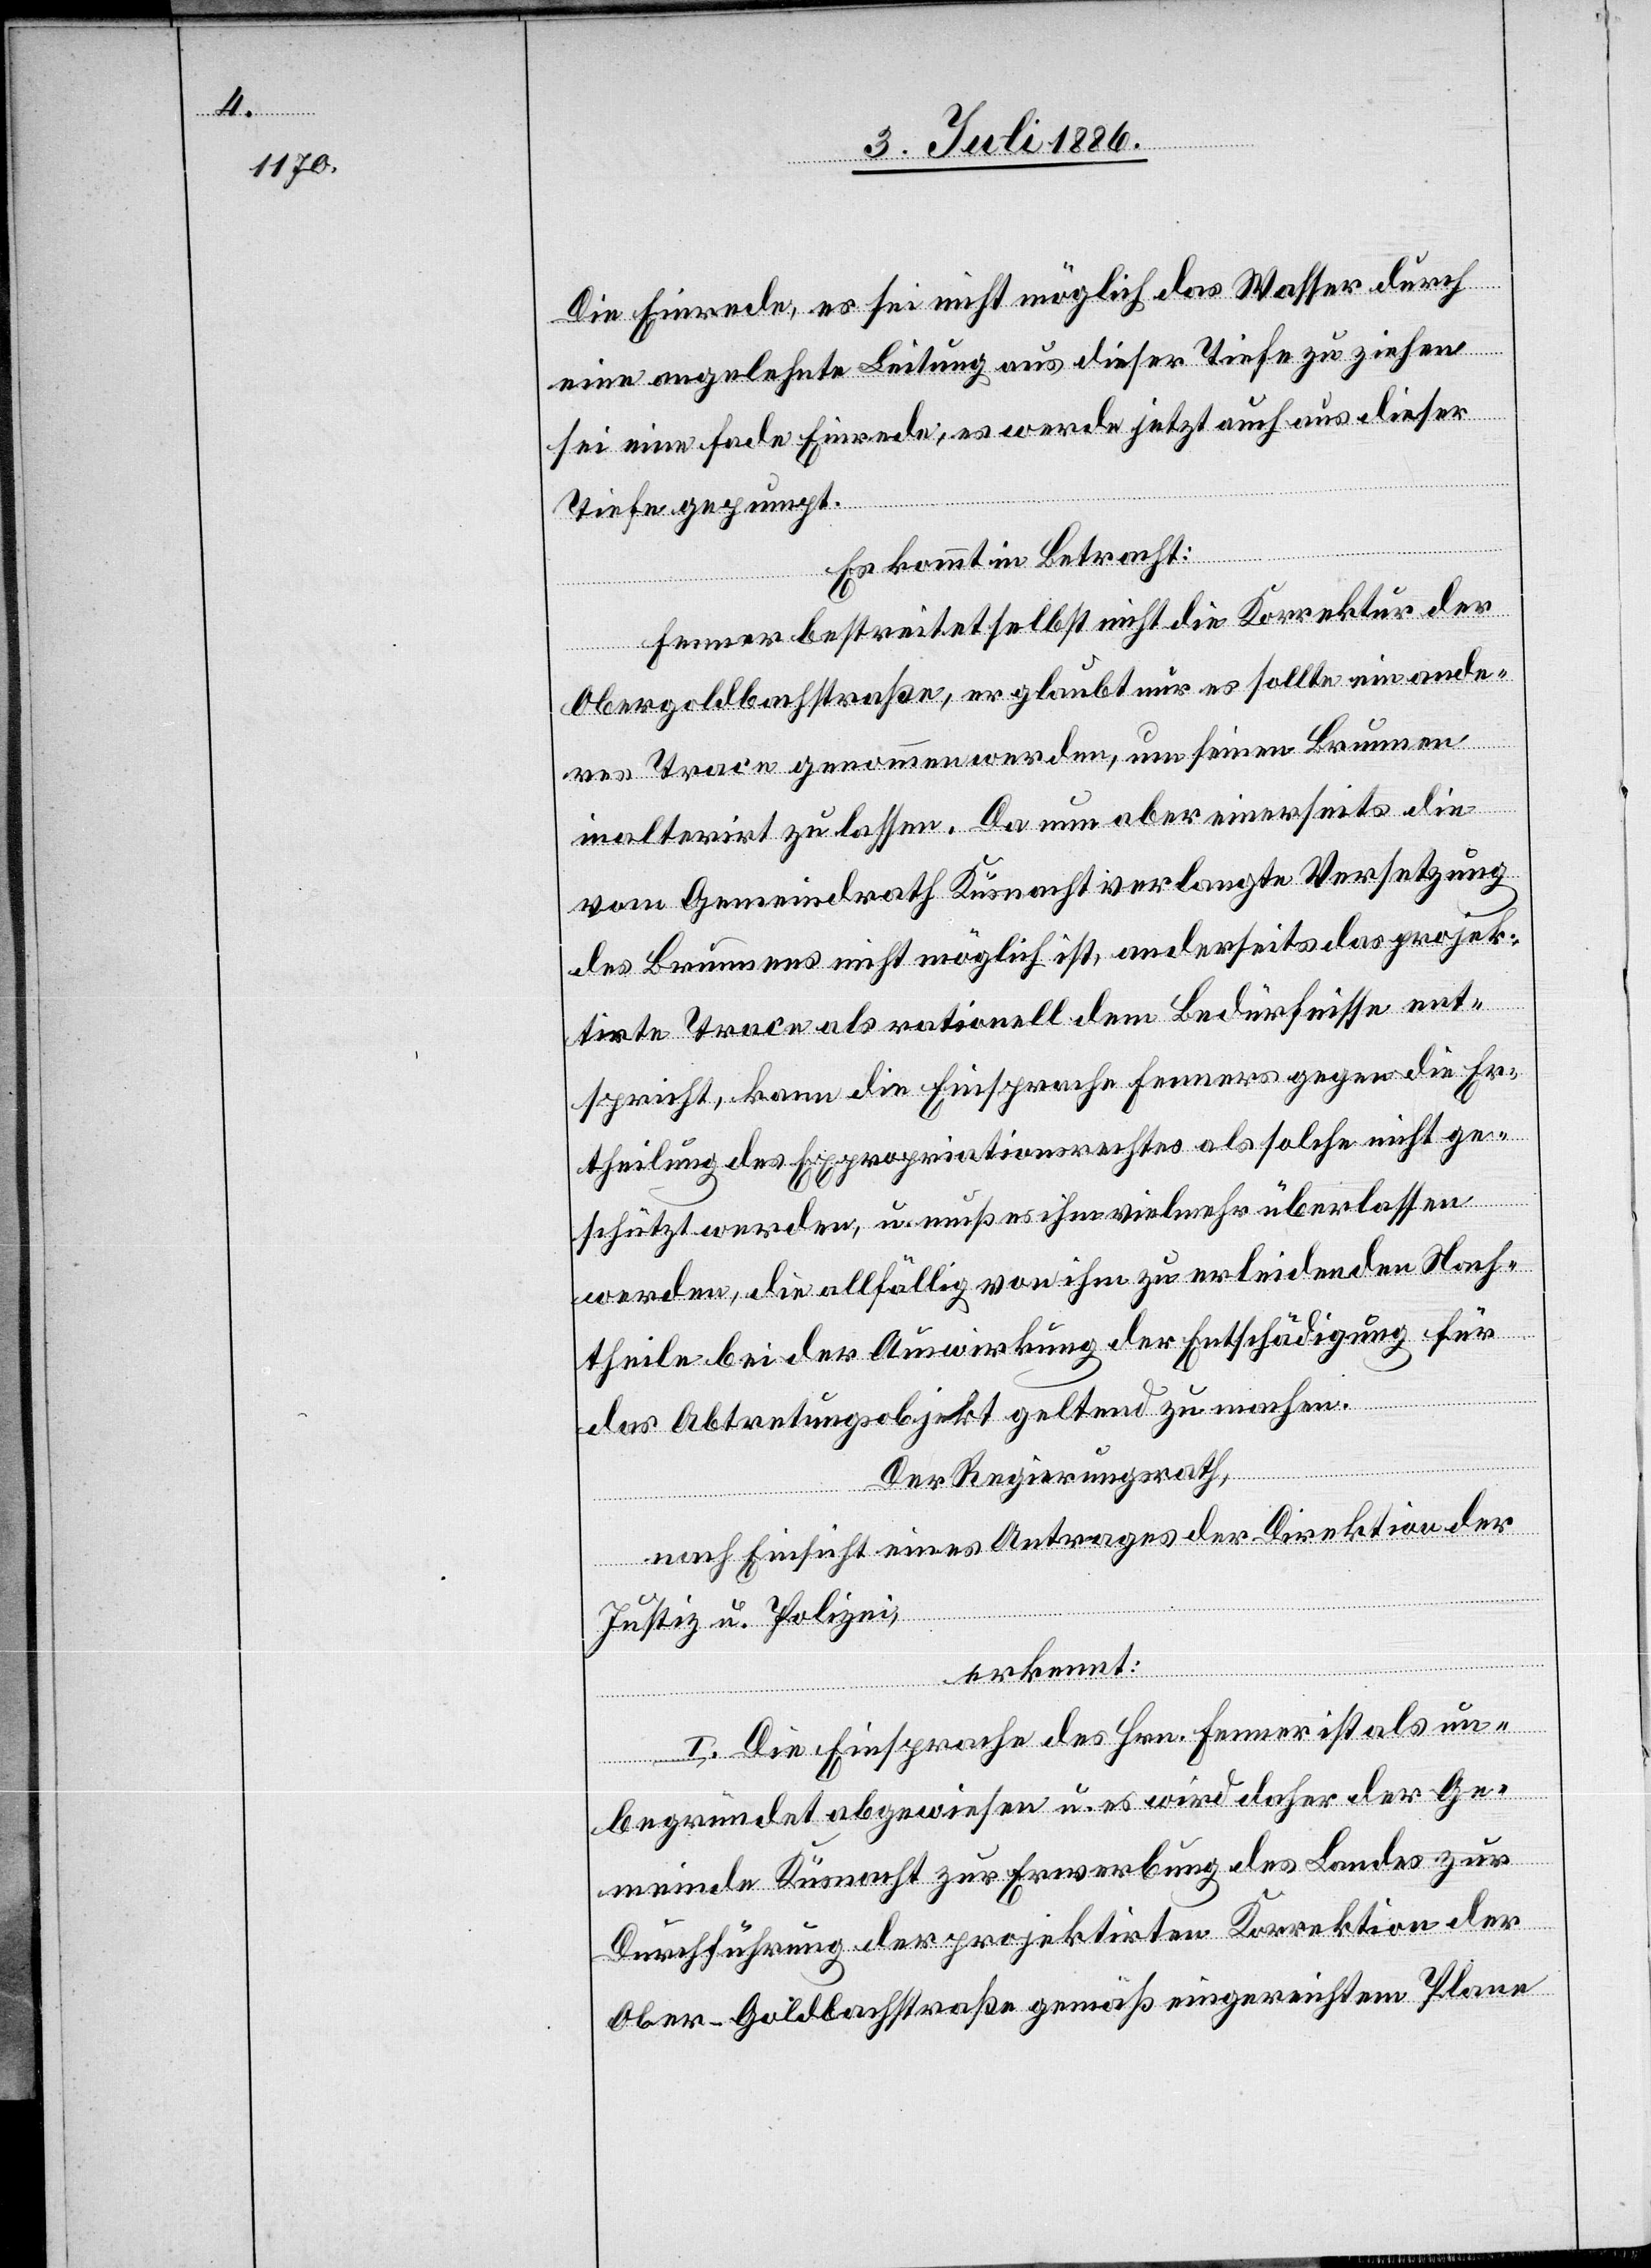
Die Einrede, es sei nicht möglich das Wasser durch
eine angelehnte [sic!] Leitung aus dieser Tiefe zu ziehen
sei eine fade Einrede, es werde jetzt auch aus dieser
Tiefe gepumpt.
Es kommt in Betracht:
Fenner bestreitet selbst nicht die Korrektur der
Obergoldbachstraße, er glaubt nur es solle ein ande¬
res Trace genommen werden, um seinen Brunnen
inalterirt zu lassen. Da nun aber einerseits die
vom Gemeindrath Küsnacht verlangte Versetzung
des Brunnens nicht möglich ist, anderseits das projek¬
tirte Trace als rationell dem Bedürfnisse ent¬
spricht, kann die Einsprache Fenners gegen die Er¬
theilung des Expropriationsrechtes als solche nicht ge¬
schützt werden, u. muß es ihm vielmehr überlassen
werden, die allfällig von ihm zu erleidenden Nach¬
theile bei der Auswirkung der Entschädigung für
das Abtretungsobjekt geltend zu machen.
Der Regierungsrath,
nach Einsicht eines Antrages der Direktion der
Justiz u. Polizei,
erkennt:
I. Die Einsprache des Hrn. Fenner ist als un¬
begründet abgewiesen u. es wird daher der Ge¬
meinde Küsnacht zur Erwerbung des Landes zur
Durchführung der projektirten Korrektion der
Ober-Goldbachstraße gemäß eingereichtem Plane